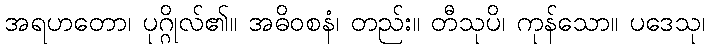
အရဟတော၊ ပုဂ္ဂိုလ်၏။ အဓိဝစနံ၊ တည်း။ တီသုပိ၊ ကုန်သော။ ပဒေသု၊